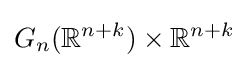
G_{n}(\mathbb {R} ^{n+k})\times \mathbb {R} ^{n+k}